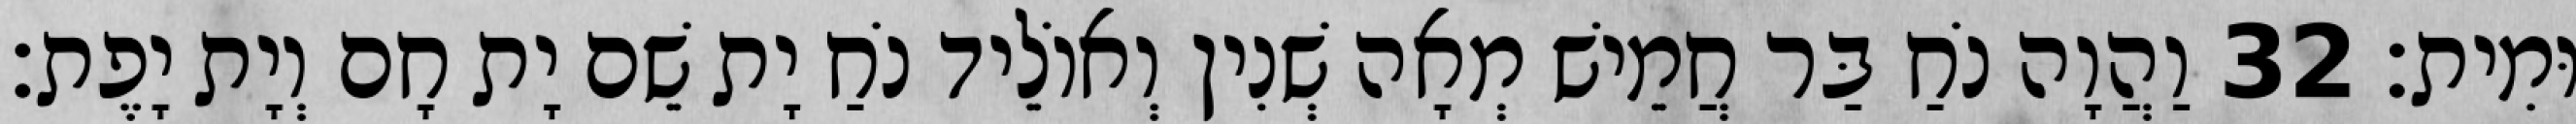
וּמִית׃ 32 וַהֲוָה נֹחַ בַּר חֲמֵישׁ מְאָה שְׁנִין וְאוֹלֵיד נֹחַ יָת שֵׁם יָת חָם וְיָת יָפֶת׃